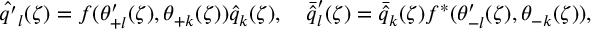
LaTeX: { \hat { q ^ { \prime } } } _ { l } ( \zeta ) = f ( \theta _ { + l } ^ { \prime } ( \zeta ) , \theta _ { + k } ( \zeta ) ) { \hat { q } } _ { k } ( \zeta ) , \quad { \bar { \hat { q } } } _ { l } ^ { \prime } ( \zeta ) = { \bar { \hat { q } } } _ { k } ( \zeta ) f ^ { * } ( \theta _ { - l } ^ { \prime } ( \zeta ) , \theta _ { - k } ( \zeta ) ) ,